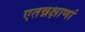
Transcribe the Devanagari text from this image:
एतन्नक्षाणां